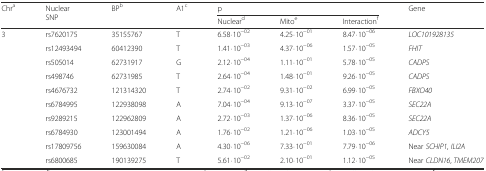
| <ROWSPAN=2> Chra | <ROWSPAN=2> Nuclear SNP | <ROWSPAN=2> BPb | <ROWSPAN=2> A1c | <COLSPAN=3> p | <ROWSPAN=2> Gene |
 | Nucleard | Mitoe | Interactionf |
 | --- | --- | --- | --- | --- | --- | --- | --- |
 | <ROWSPAN=10> 3 | rs7620175 | 35155767 | T | 6.58⋅10−02 | 4.25⋅10−01 | 8.47⋅10−06 | LOC101928135 |
 | rs12493494 | 60412390 | T | 1.41⋅10−03 | 4.37⋅10−06 | 1.57⋅10−05 | FHIT |
 | rs505014 | 62731917 | G | 2.12⋅10−04 | 1.11⋅10−01 | 5.78⋅10−05 | CADPS |
 | rs498746 | 62731985 | T | 2.64⋅10−04 | 1.48⋅10−01 | 9.26⋅10−05 | CADPS |
 | rs4676732 | 121314320 | T | 2.74⋅10−02 | 9.31⋅10−02 | 6.99⋅10−05 | FBXO40 |
 | rs6784995 | 122938098 | A | 7.04⋅10−04 | 9.13⋅10−07 | 3.37⋅10−05 | SEC22A |
 | rs9289215 | 122962809 | A | 2.72⋅10−03 | 1.37⋅10−06 | 8.36⋅10−05 | SEC22A |
 | rs6784930 | 123001494 | A | 1.76⋅10−02 | 1.21⋅10−06 | 1.03⋅10−05 | ADCY5 |
 | rs17809756 | 159630084 | A | 4.30⋅10−06 | 7.33⋅10−01 | 7.79⋅10−06 | Near SCHIP1, ILI2A |
 | rs6800685 | 190139275 | T | 5.61⋅10−02 | 2.10⋅10−01 | 1.12⋅10−05 | Near CLDN16, TMEM207 |